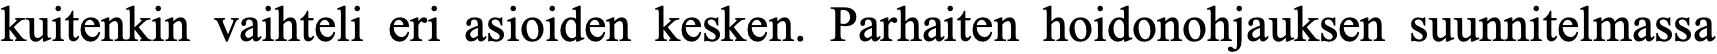
kuitenkin vaihteli eri asioiden kesken. Parhaiten hoidonohjauksen suunnitelmassa